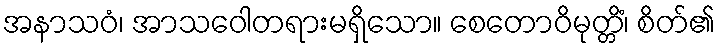
အနာသဝံ၊ အာသဝေါတရားမရှိသော။ စေတောဝိမုတ္တိံ၊ စိတ်၏